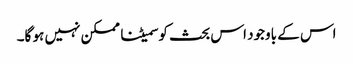
اس کے باوجود اس بحث کو سمیٹنا ممکن نہیں ہو گا۔